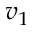
v _ { 1 }